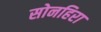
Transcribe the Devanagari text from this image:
सोनहिरा